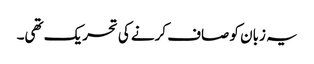
یہ زبان کو صاف کرنے کی تحریک تھی۔